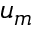
u _ { m }